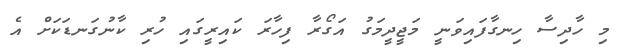
މި ހާދިސާ ހިނގާފައިވަނީ މަޖީދީމަގު އަގޯރާ ފިހާރަ ކައިރީގައި ހުރި ކާނުގަނޑަކަށް އެ